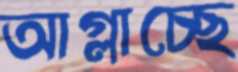
আগ্‌লাচ্ছে